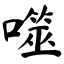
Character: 噬